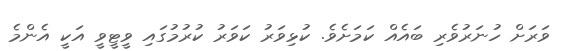
ވަރަށް ހުނަރުވެރި ބައެއް ކަމަށެވެ. ކުޅިވަރު ކަވަރު ކުރުމުގައި ވީޓީވީ އަކީ އެންމެ